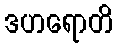
ဒဟရောတိ